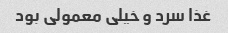
غذا سرد و خیلی معمولی بود